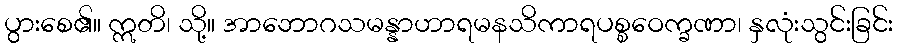
ပွားစေ၏။ ဣတိ၊ သို့။ အာဘောဂသမန္နာဟာရမနသိကာရပစ္စဝေက္ခဏာ၊ နှလုံးသွင်းခြင်း